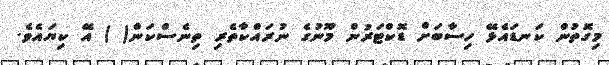
މިގޮތުން ކަނޑައެޅޭ ހިސާބަށް ޑޮކްޓަރުން މޫނުގެ ނުރައްކާތެރި ތިނެސްކަން( ) އޭ ކިޔައެވެ.